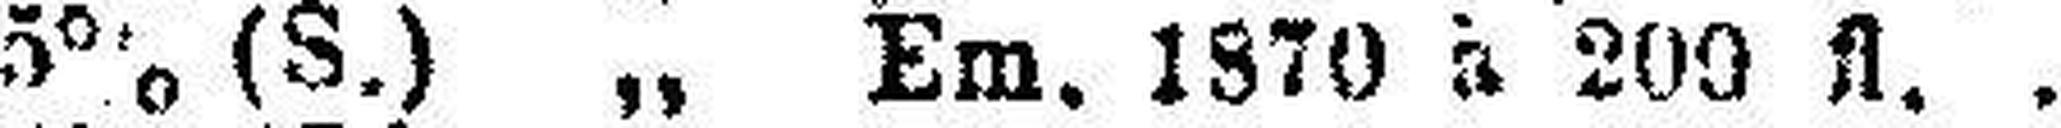
5% (S.) „ Em. 1870 à 200 fl.